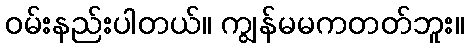
ဝမ်းနည်းပါတယ်။ ကျွန်မမကတတ်ဘူး။